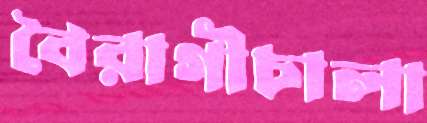
বৈরাগীচালা